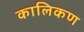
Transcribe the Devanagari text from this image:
कालिकण